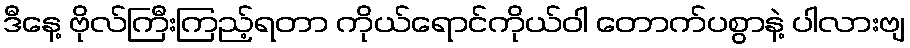
ဒီနေ့ ဗိုလ်ကြီးကြည့်ရတာ ကိုယ်ရောင်ကိုယ်ဝါ တောက်ပစွာနဲ့ ပါလားဗျ